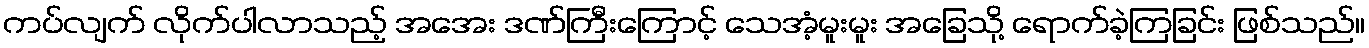
ကပ်လျက် လိုက်ပါလာသည့် အအေး ဒဏ်ကြီးကြောင့် သေအံ့မူးမူး အခြေသို့ ရောက်ခဲ့ကြခြင်း ဖြစ်သည်။